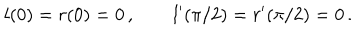
l ( 0 ) = r ( 0 ) = 0 \, , \qquad l ^ { \prime } ( \pi / 2 ) = r ^ { \prime } ( \pi / 2 ) = 0 \, .